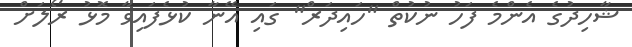
ޝާހިދުގެ އެންމެ ފަހު ނުކުތް "ހައިދަރް" ގައި އޭނާ ކުޅެފައިވާ މޮޅު ރޯލަށް